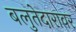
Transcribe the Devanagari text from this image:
बलुतेदारावर